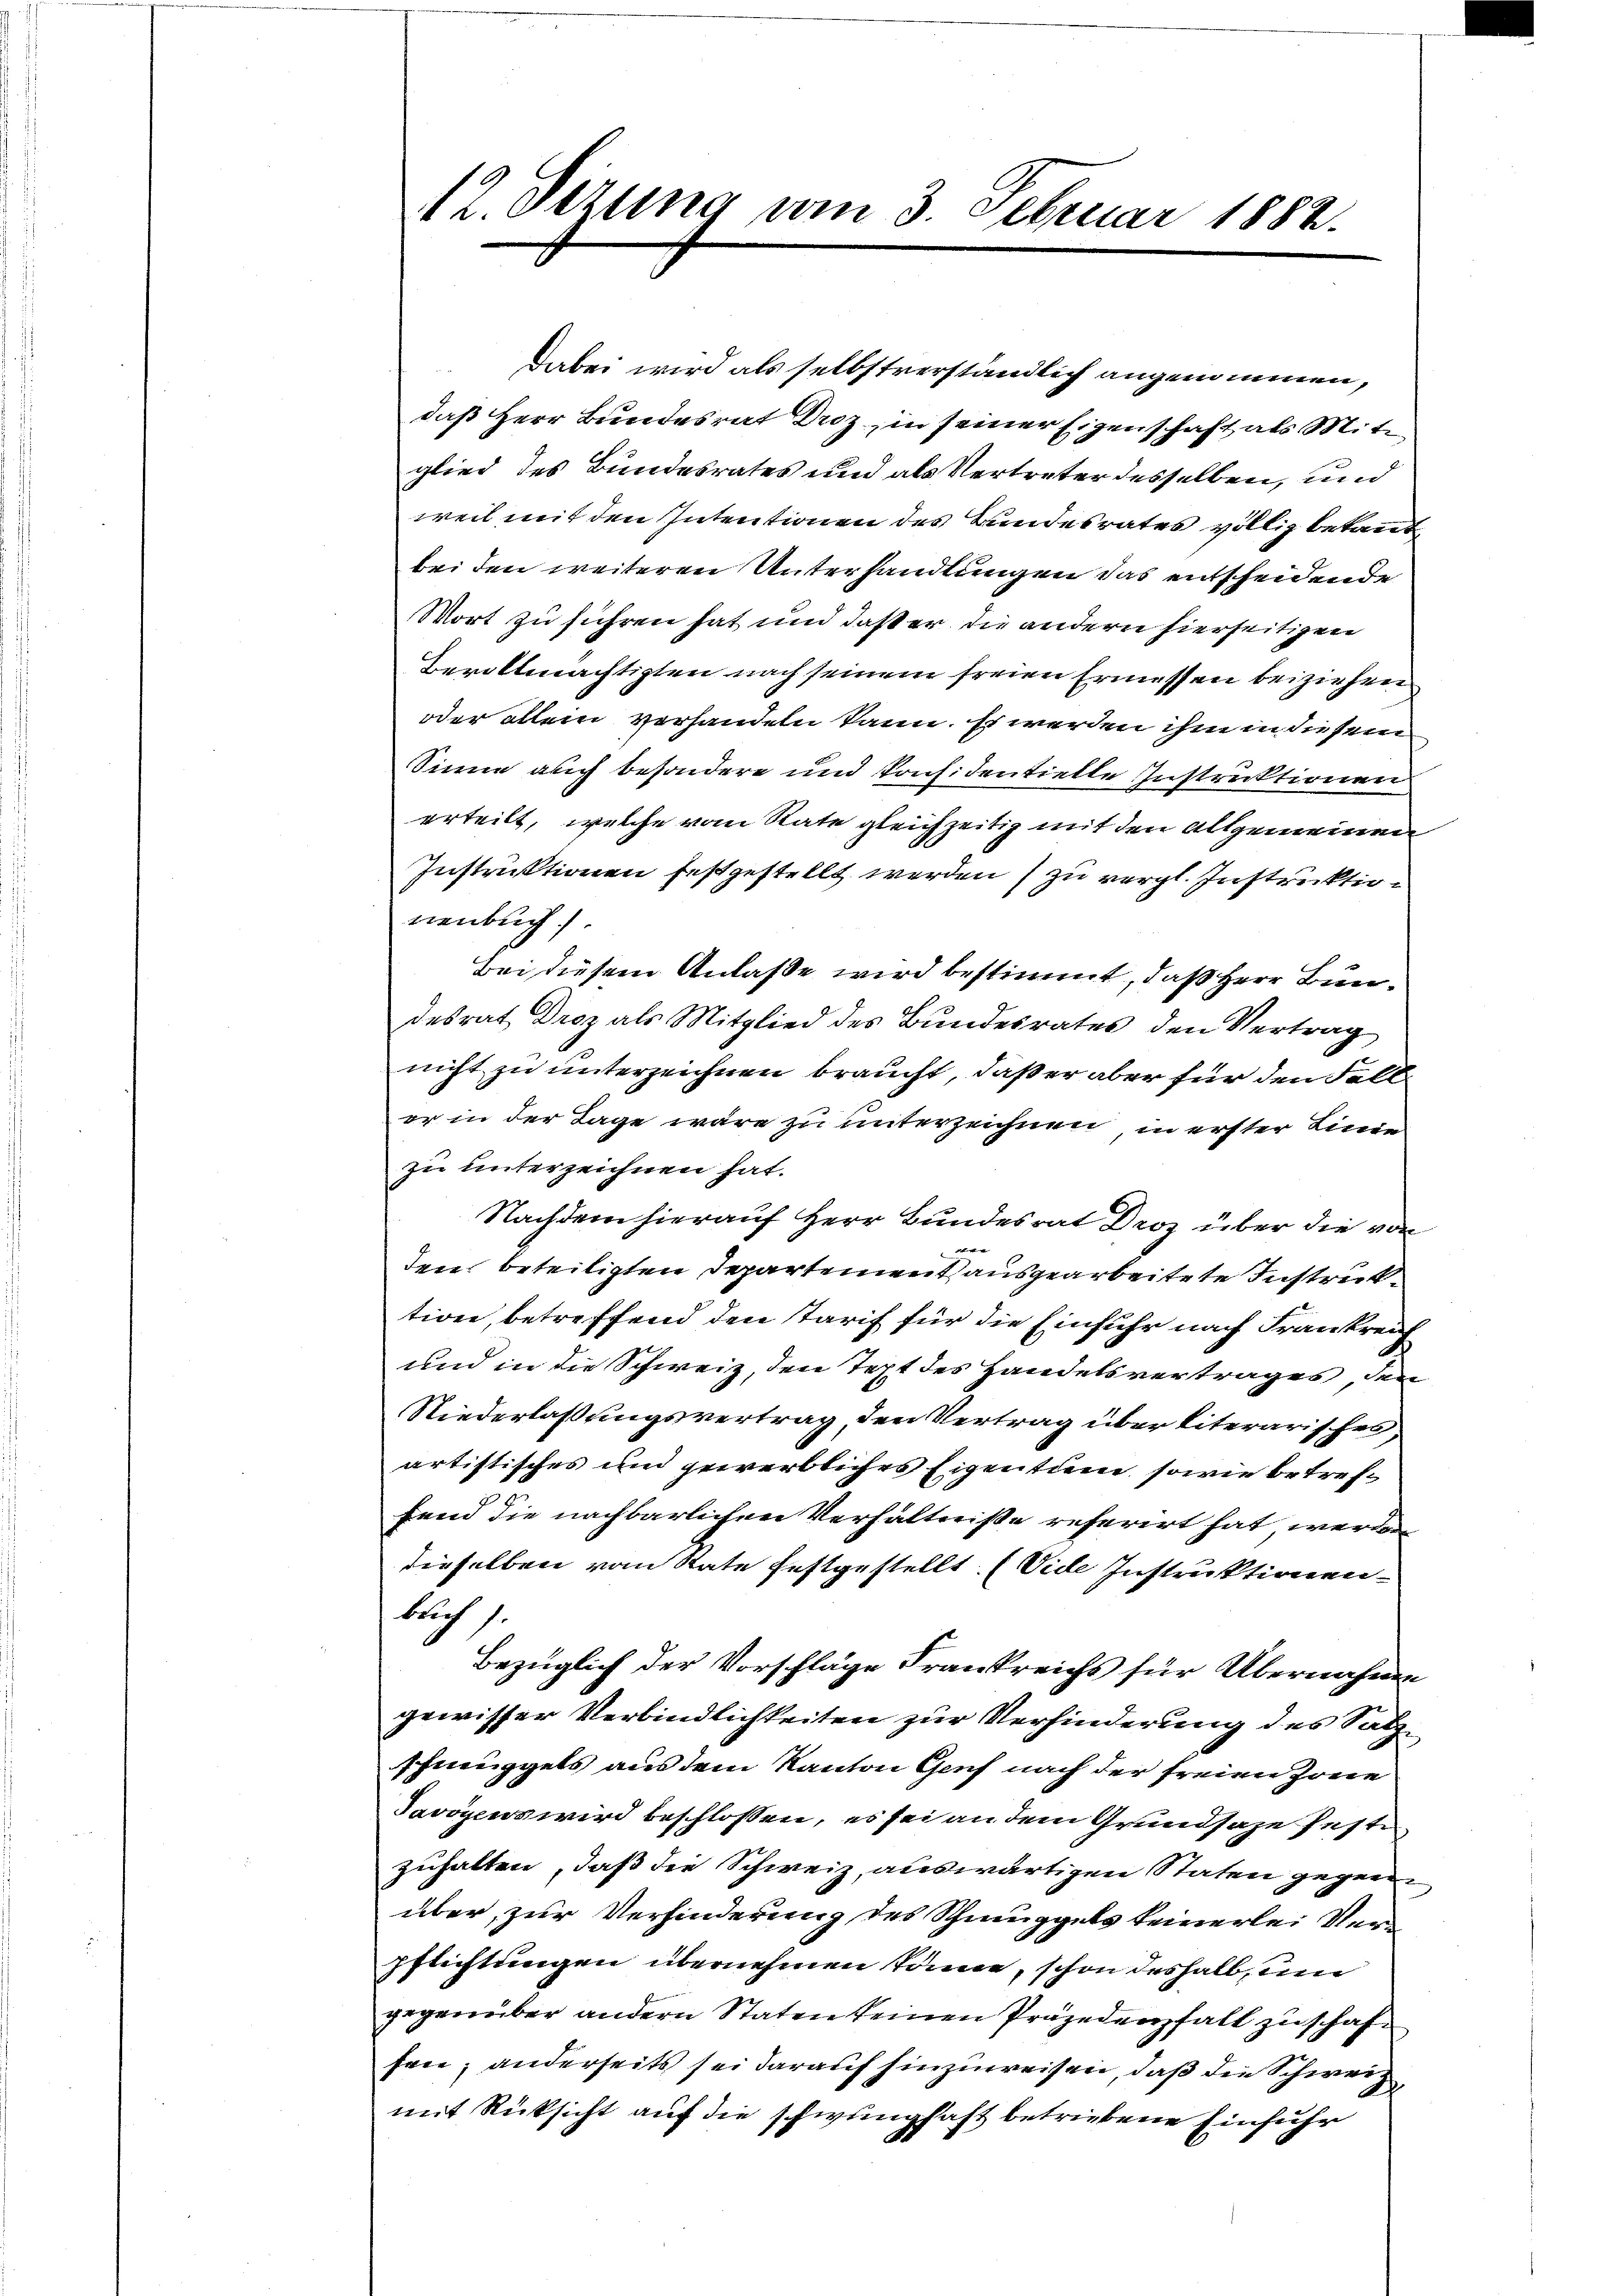
12. Oezung am 3. Februar 1882.

Dabei wird als selbstverständlich angenommen,
daß Herr Bundesrat Droz in seiner Eigenschaft als Mitglied des Bundesrates und als Vertreter desselben, und
weil mit den Intentionen des Bundesrates völlig bekannt
bei den weiteren Unterhandlungen das entscheidende
Wort zu führen hat und daß er die andern hierseitigen
Bevollmächtigten nach seinem freien Ermessen beiziehen
oder allein vorhandeln kann. Es werden ihm in diesem
Sinne auch besondere und konf. den tielte Instruktionen
erteilt, welche vom Rate gleichzeitig mit den allgemeinen
Instruktionen festgestellt werden) zu vergl. Instruktionenbuch.
Bei diesem Anlaße wird bestimmt, daß Herr Bundesrat Droz als Mitglied des Bundesrates den Vertrag
nicht zu unterzeichnen braucht, daß er aber für den Fall
er in der Tage wäre zu unterzeichnen, in erster Linie
zu unterzeichnen hat.
Nachdem hierauf Herr Bundesrat Droz über die von
er
den beteiligten Departement ausgearbeitete Instruktion, betreffend den Tarif für die Einfuhr nach Frankreich
und in die Schweiz, den Text des Handelsvertrages den
Niederlaßungsvertrag den Vertrag über literarisches
artistisches und gewerbliches Eigentum, sowie betreffend die nachbarlichen Verhältniße referirt hat werden
dieselben vom State festgestellt. (Vide Instruktionen
blich.
Bezüglich der Vorschläge Frankreichs für Übernahme
gewisser Verbindlichkeiten zur Verhinderung des Salzschmuggels aus dem Kanton Genf nach der freien Zone
Javoyens wird beschlossen, es sei an dem Grundsaze festezuhalten, daß die Schweiz, auswärtigen Staten gegen
über, zur Verhinderung des Schmuggels keinerlei Ver¬
Pflichtungen übernehmen könne, schon deshalb, un
gegenüber andern Staten keinen Präjedenfall zuschaf
frne; anderseits sei darauf hinzuweisen, daß die Schweiz
mit Rücksicht auf die schwunghaft betriebene Einfuhr